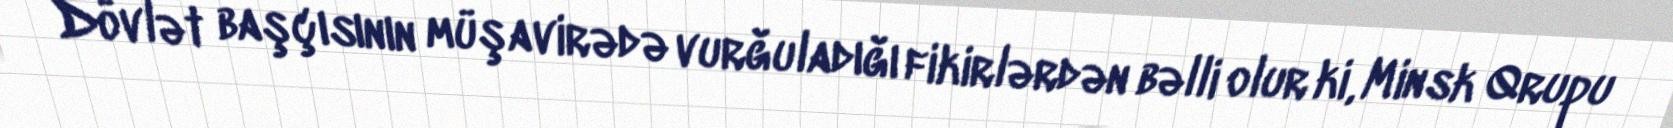
Dövlət başçısının müşavirədə vurğuladığı fikirlərdən bəlli olur ki, Minsk Qrupu